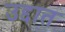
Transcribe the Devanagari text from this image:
उद्दात